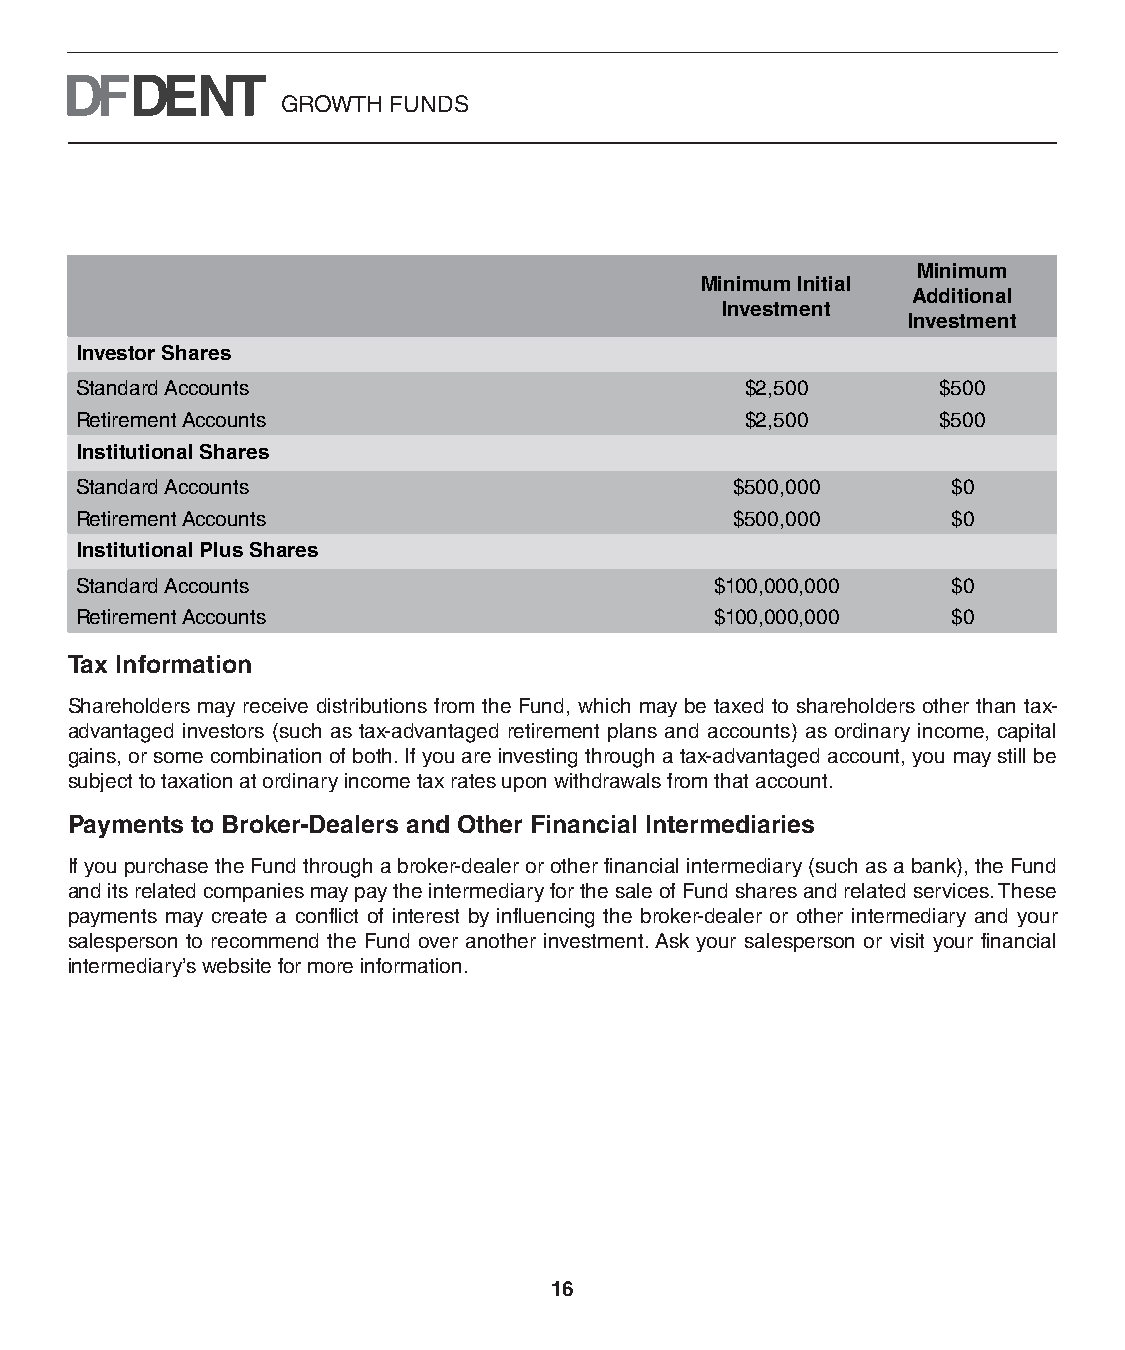
GROWTH FUNDS
 Minimum
 Minimum Initial
 Additional
 Investment
 Investment
 Investor Shares
 Standard Accounts                           $2,500       $500
 Retirement Accounts                         $2,500       $500
 Institutional Shares
 Standard Accounts                           $500,000      $0
 Retirement Accounts                         $500,000      $0
 Institutional Plus Shares
 Standard Accounts                         $100,000,000    $0
 Retirement Accounts                       $100,000,000    $0
 Tax Information
 Shareholders may receive distributions from the Fund, which may be taxed to shareholders other than tax-
 advantaged investors (such as tax-advantaged retirement plans and accounts) as ordinary income, capital
 gains, or some combination of both. If you are investing through a tax-advantaged account, you may still be
 subject to taxation at ordinary income tax rates upon withdrawals from that account.
 Payments to Broker-Dealers and Other Financial Intermediaries
 If you purchase the Fund through a broker-dealer or other financial intermediary (such as a bank), the Fund
 and its related companies may pay the intermediary for the sale of Fund shares and related services. These
 payments may create a conflict of interest by influencing the broker-dealer or other intermediary and your
 salesperson to recommend the Fund over another investment. Ask your salesperson or visit your financial
 intermediary’s website for more information.
 16